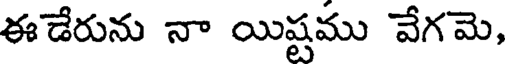
ఈడేరును నా యిష్టము వేగమె,